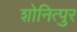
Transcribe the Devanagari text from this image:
शोनित्पुर